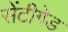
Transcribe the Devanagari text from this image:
सेंटीगेड